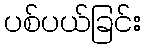
ပစ်ပယ်ခြင်း